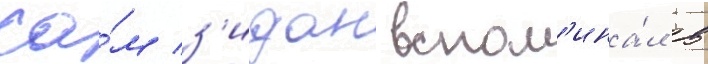
Са́м з'идан вспом'ина́л в